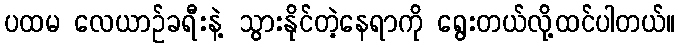
ပထမ လေယာဉ်ခရီးနဲ့ သွားနိုင်တဲ့နေရာကို ရွေးတယ်လို့ထင်ပါတယ်။